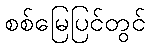
စစ်မြေပြင်တွင်